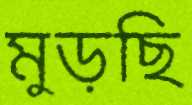
মুড়ছি